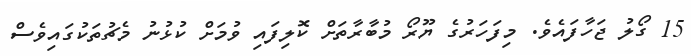
15 ގޯލު ޖަހާފައެވެ. މިފަހަރުގެ ޔޫރޯ މުބާރާތަށް ކޮލިފައި ވުމަށް ކުޅުނު މެޗުތަކުގައިވެސް